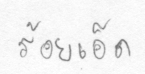
ร้อยเอ็ด